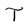
Character: T